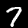
Label: 7